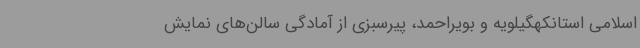
اسلامی استانکهگیلویه و بویراحمد، پیرسبزی از آمادگی سالن‌های نمایش